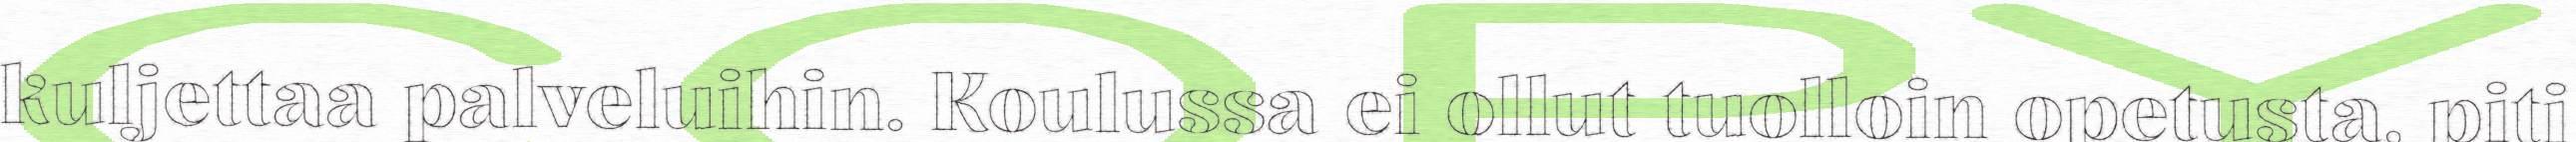
kuljettaa palveluihin. Koulussa ei ollut tuolloin opetusta, piti